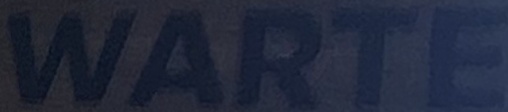
WARTE